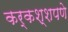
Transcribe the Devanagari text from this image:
कर्कश्शपणे